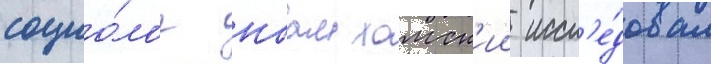
социо́лог ноам хомск'ии иссл'е́довал